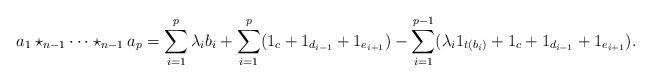
LaTeX: \begin{align*}a_1 \star_{n-1} \cdots \star_{n-1} a_p = \sum_{i=1}^p \lambda_i b_i + \sum_{i=1}^p (1_c + 1_{d_{i-1}} + 1_{e_{i+1}}) - \sum_{i=1}^{p-1} (\lambda_i 1_{t(b_i)} + 1_c + 1_{d_{i-1}} + 1_{e_{i+1}}).\end{align*}